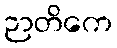
ဉာတိကေ